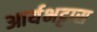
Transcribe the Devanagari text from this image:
आर्यभट्टास